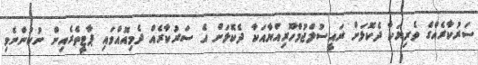
ސަރުކާރެއްގެ ވެރިޔަކާ ދެކޮޅަށް ރައީސުލްޖުމްހޫރިއްޔާއަކާ ދެކޮޅަށް އެ ސަރުކާރެއް ދެމިއޮއްވައި ޕާޓީތެރެއިން ނުކުންނެވި